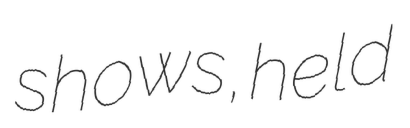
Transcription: shows, held